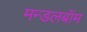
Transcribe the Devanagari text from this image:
मन्डलबॉम